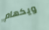
ويكهام